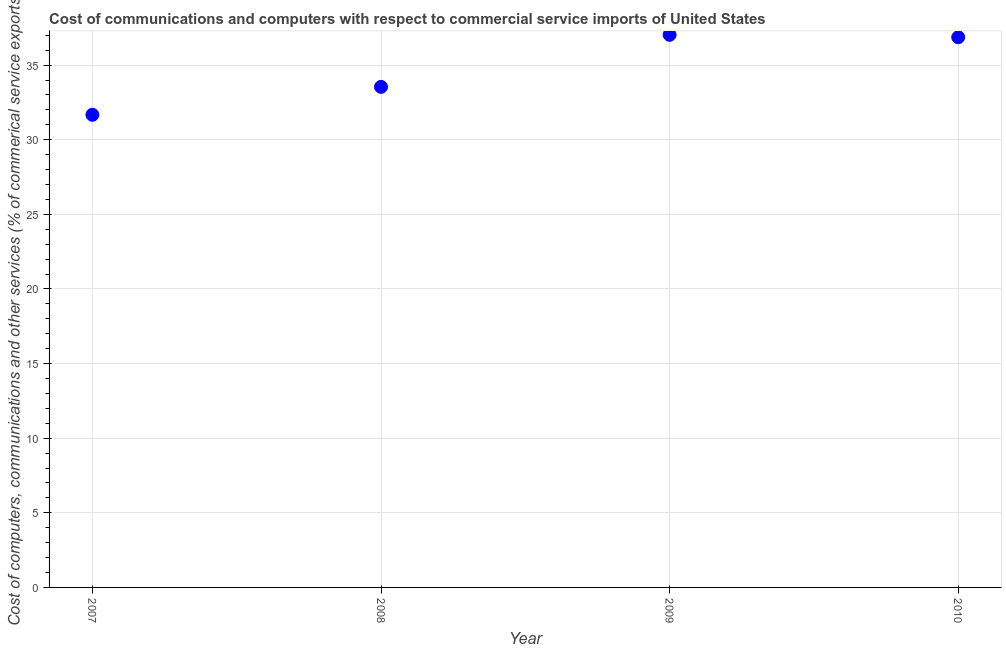
| Year | Computer |
 | --- | --- |
 | 2007 | 31.7 |
 | 2008 | 33.5 |
 | 2009 | 37 |
 | 2010 | 36.9 |